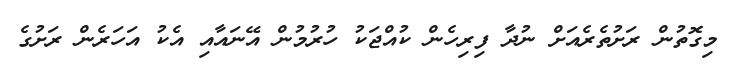
މިގޮތުން ރަށުތެރެއަށް ނުދާ ފިރިހެން ކުއްޖަކު ހުރުމުން އޭނައާއި އެކު އަހަރެން ރަށުގެ